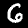
Digit: 6